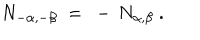
N _ { - \alpha , - \beta } ~ = ~ - \, N _ { \alpha , \beta } ~ .